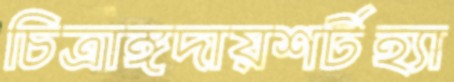
চিত্রাঙ্গদায়শর্টহ্যা